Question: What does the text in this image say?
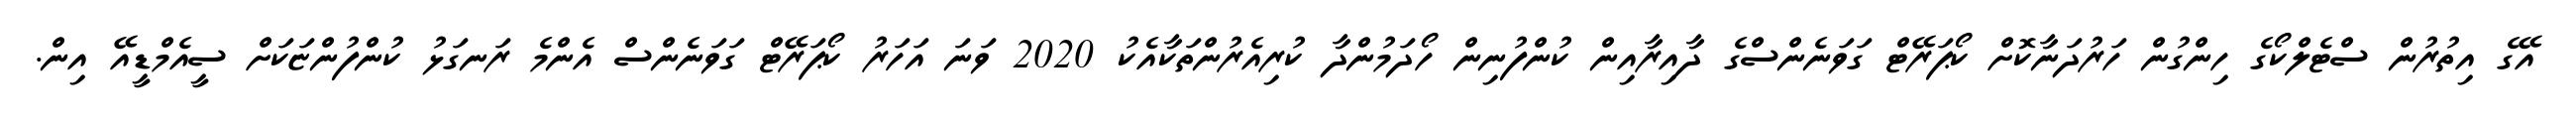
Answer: އޭގެ އިތުރުން ސްޓެލްކޯގެ ހިންގުން ހަރުދަނާކޮށް ކޯޕަރޭޓް ގަވަނެންސްގެ ދާއިރާއިން ކުންފުނިން ހޯދަމުންދާ ކުރިއެރުންތަކާއެކު 2020 ވަނަ އަހަރު ކޯޕަރޭޓް ގަވަނެންސް އެންމެ ރަނގަޅު ކުންފުންޏަކަށް ސީއެމްޑީއޭ އިން.